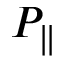
P _ { \parallel }